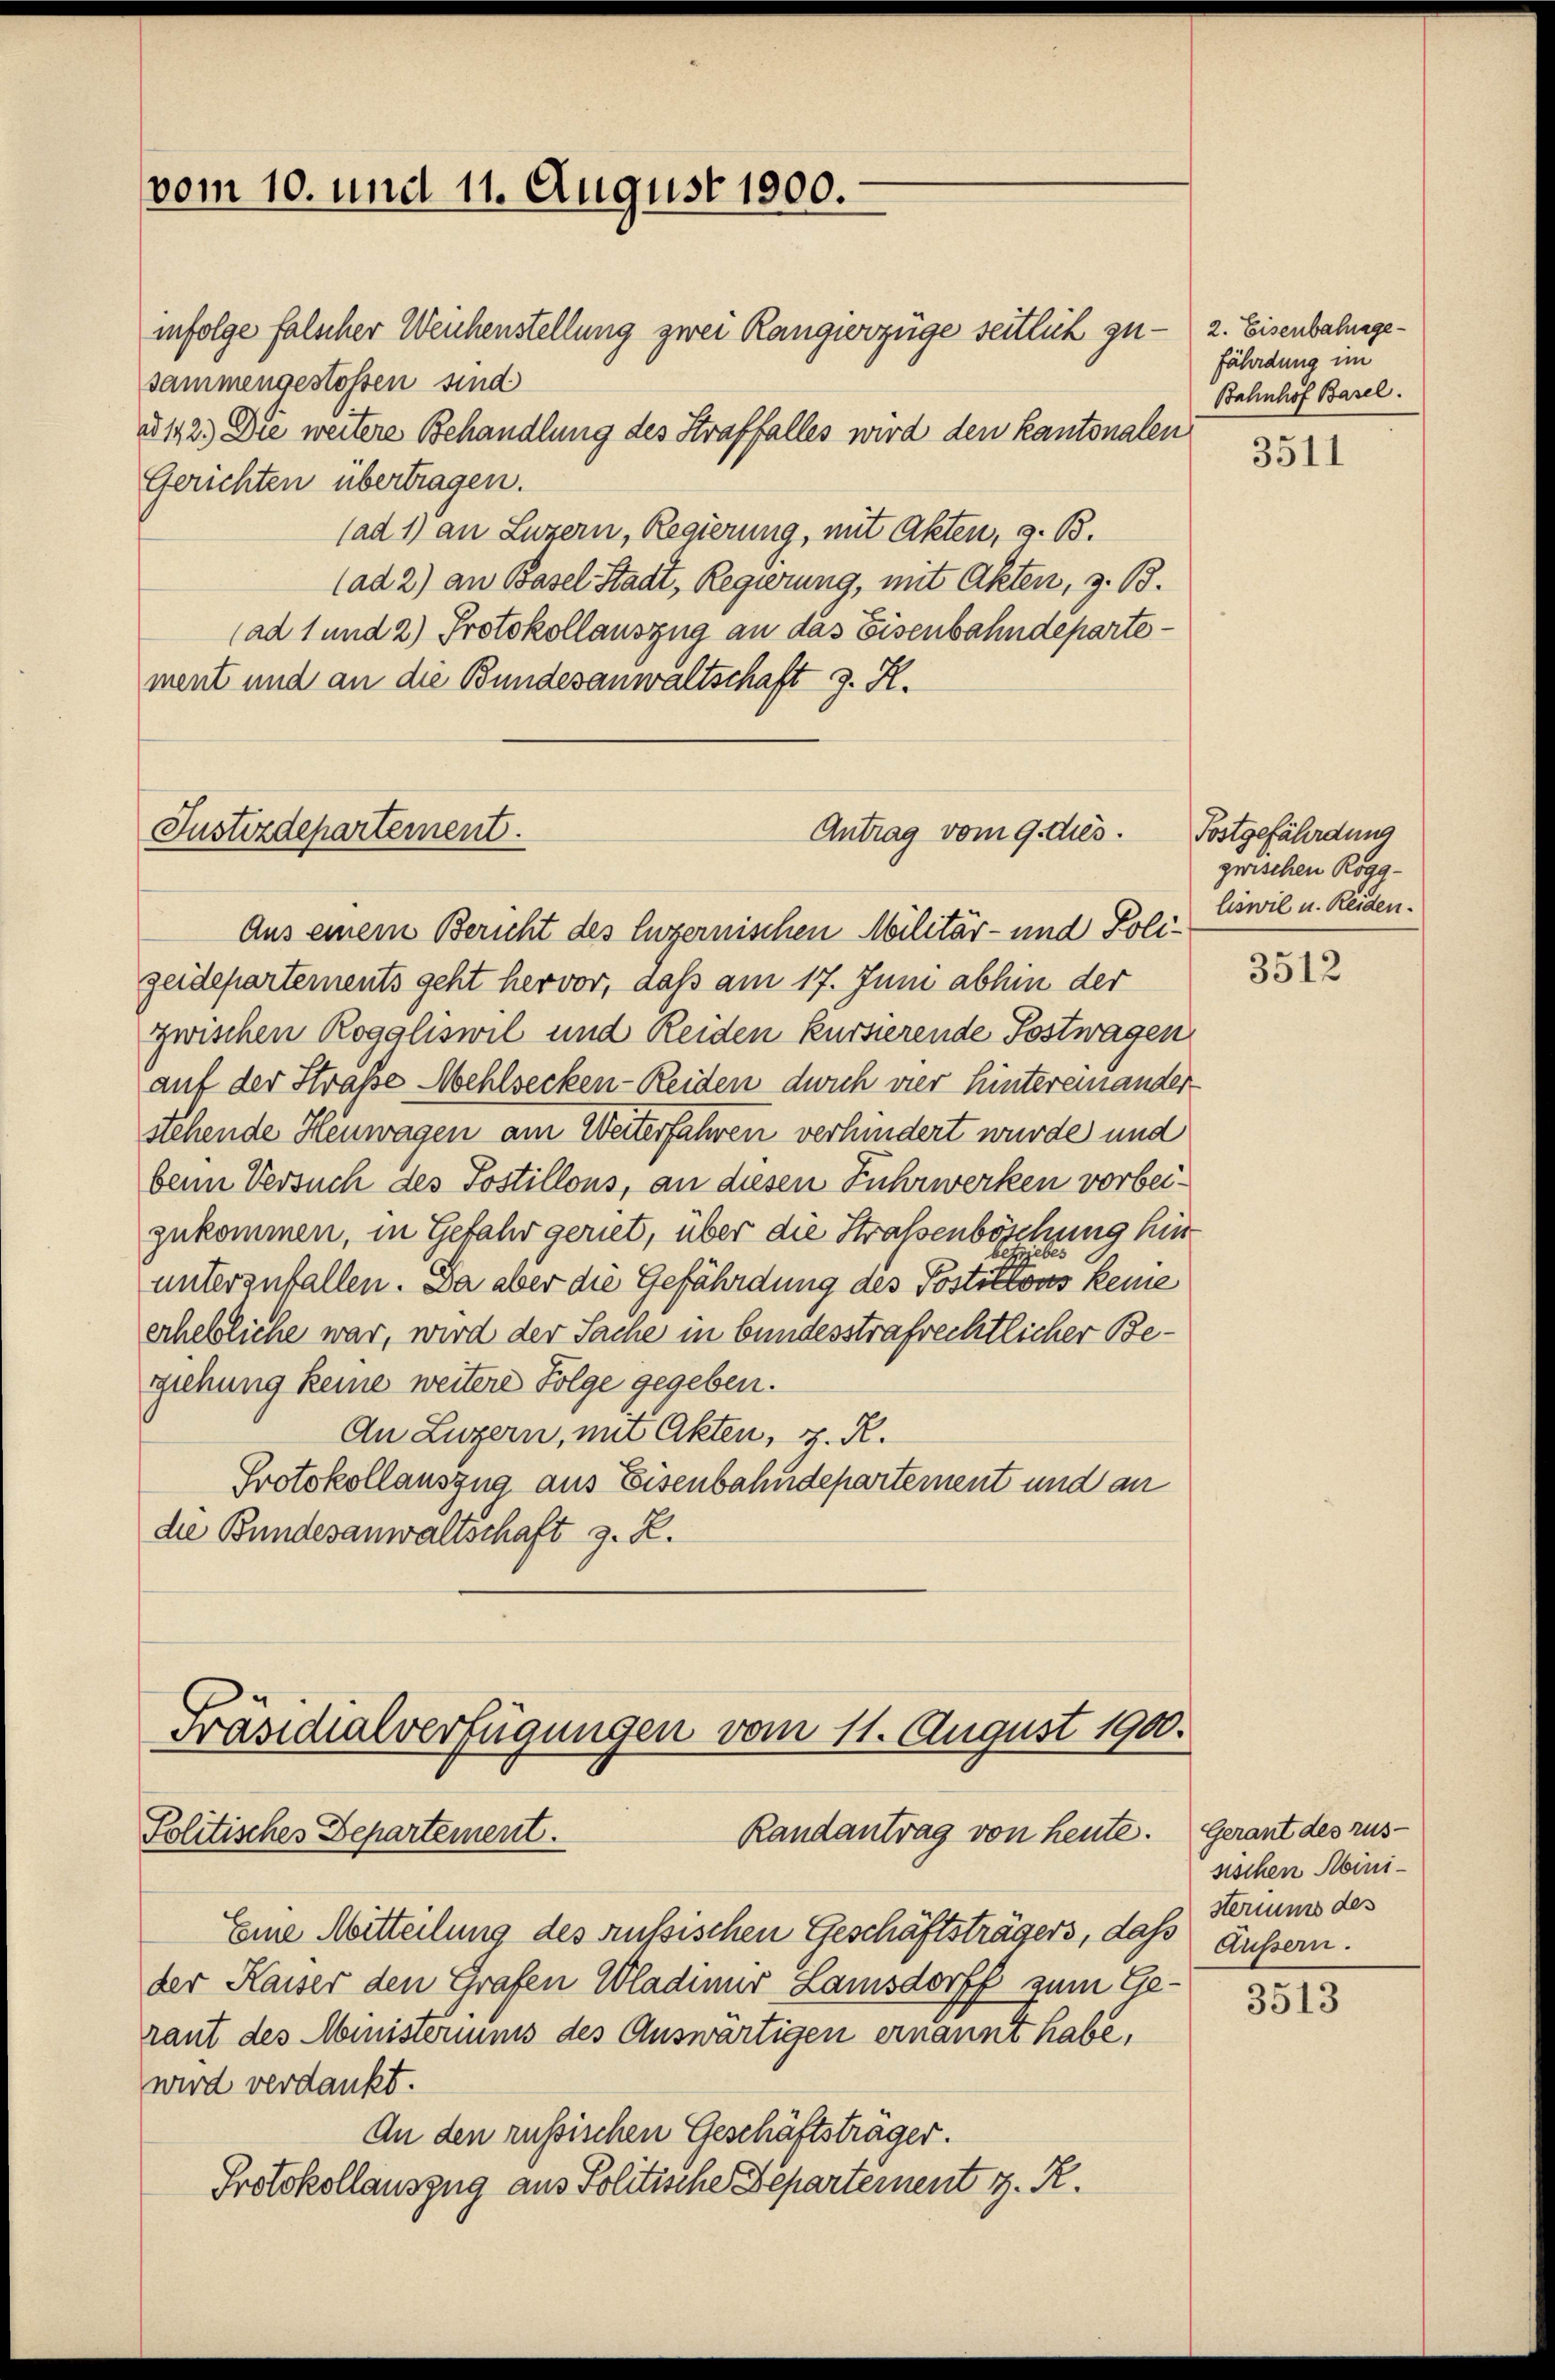
vom 10. und 11. August 1900.

infolge falscher Weichenstellung zwei Rangierzüge seitlich zusammengestossen sind
§ 142.) Die weitere Behandlung des Straffalles wird den kantonalen
Gerichten übertragen.
(ad 1) an Luzern, Regierung, mit Akten, z. B.
(ad 2) an Basel-Stadt, Regierung, mit Akten, z. B.
(ad 1 und 2) Protokollauszug an das Eisenbahndepartement und an die Bundesanwaltschaft z. R.

Justizdepartement.

Präsidialverfügungen vom 11. August 1900.
Randantrag von heute. Gerant des rus-
Politisches Departement.

Antrag vom 9. dies.

Eine Mitteilung des aussischen Geschäftsträgers, das äußern.
der Kaiser den Grafen Wladimur Lamsdorff zum Geraut des Ministeriums des Auswärtigen ernannt habe,
wird verdankt.
An den russischen Geschäftsträger.
Protokollauszug aus Politische Departement z. R.

Aus einem Bericht des Luzernischen Militär- und Poligeidepartements geht hervor, daß am 17. Juni abhin der
zwischen Roggliswil und Reiden kursierende Postwagen
auf der Straße Mehlsecken-Reiden dich vier hintereinander
stehende Heuwagen am Weiterfahren verhindert wurde und
beim Versuch des Postillons, an diesen Fuhrwerken vorbeizukommen, in Gefahr geriet, über die Straßenböschung hineb
unterzufallen. Da aber die Gefährdung des Postillons keine
erhebliche war, wird der Sache in bundesstrafrechtlicher Begziehung keine weitere Folge gegeben.
An Luzern, mit Akten, v. R.
Protokollauszug aus Eisenbahndepartement und an
die Bundesanwaltschaft z. R.

2. Eisenbahngefährdung im
Bahnhof Basel.

3511

Fostgefährdung
zwischen Roggliswil u. Reiden.

3512

sischen Abinisteriums des

3513